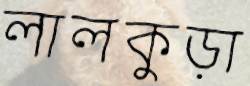
লালকুড়া